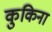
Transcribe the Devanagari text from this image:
कुकिना